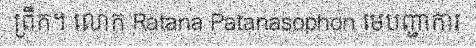
ព្រឹក។ លោក Ratana Patanasophon មេបញ្ជាការ